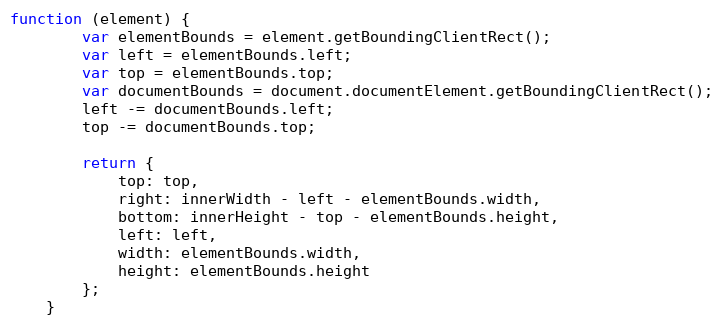
Language: JavaScript
function (element) {
		var elementBounds = element.getBoundingClientRect();
		var left = elementBounds.left;
		var top = elementBounds.top;
		var documentBounds = document.documentElement.getBoundingClientRect();
		left -= documentBounds.left;
		top -= documentBounds.top;

		return {
			top: top,
			right: innerWidth - left - elementBounds.width,
			bottom: innerHeight - top - elementBounds.height,
			left: left,
			width: elementBounds.width,
			height: elementBounds.height
		};
	}